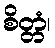
စိတ္တံ၊